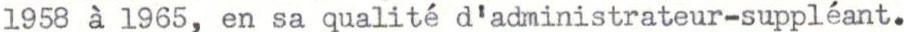
1958 à l965, en sa qualité d'administrateur-suppléant.